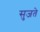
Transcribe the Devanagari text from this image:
सुजते